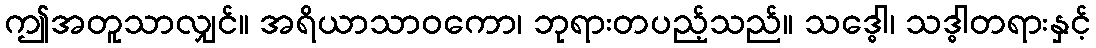
ဤအတူသာလျှင်။ အရိယာသာဝကော၊ ဘုရားတပည့်သည်။ သဒ္ဓေါ၊ သဒ္ဓါတရားနှင့်